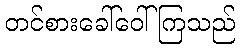
တင်စားခေါ်ဝေါ်ကြသည်